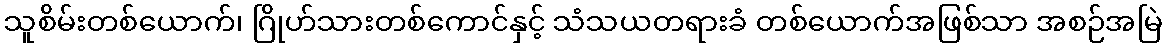
သူစိမ်းတစ်ယောက်၊ ဂြိုဟ်သားတစ်ကောင်နှင့် သံသယတရားခံ တစ်ယောက်အဖြစ်သာ အစဉ်အမြဲ